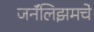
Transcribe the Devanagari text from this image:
जर्नॅलिझमचे